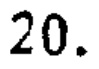
20